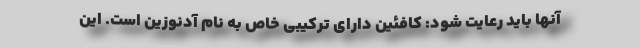
آنها باید رعایت شود: کافئین دارای ترکیبی خاص به نام آدنوزین است. این